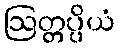
ဩတ္တပ္ပိယံ